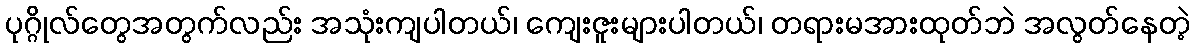
ပုဂ္ဂိုလ်တွေအတွက်လည်း အသုံးကျပါတယ်၊ ကျေးဇူးများပါတယ်၊ တရားမအားထုတ်ဘဲ အလွတ်နေတဲ့